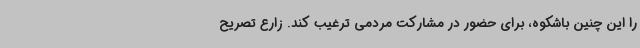
را این چنین باشکوه، برای حضور در مشارکت مردمی ترغیب کند. زارع تصریح